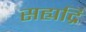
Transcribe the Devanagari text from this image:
सह्यद्रि